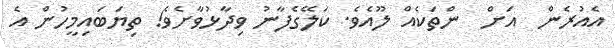
އެއުރެން  އަށް  ންތަކެއް ލޫއެވެ. ކަލޭގެފާނު ވިދާޅުވާށެވެ! ތިޔަބައިމީހުން އެ